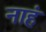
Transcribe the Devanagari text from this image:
नाहं